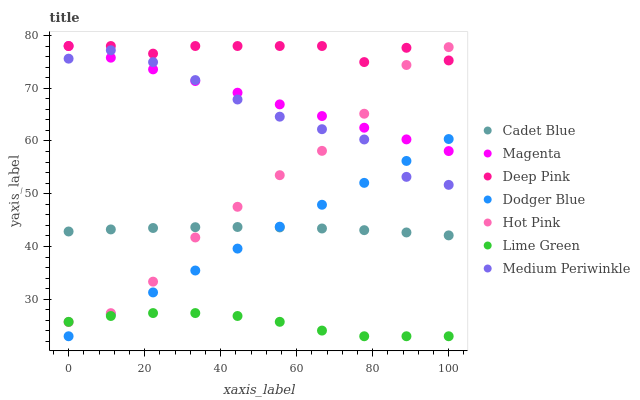
| xaxis_label | Cadet Blue | Magenta | Deep Pink | Dodger Blue | Hot Pink | Lime Green | Medium Periwinkle |
 | --- | --- | --- | --- | --- | --- | --- | --- |
 | 0 | 42.9 | 78 | 78 | 23 | 25.7 | 25.7 | 75.6 |
 | 11.1 | 43.2 | 75.8 | 78 | 27.2 | 27.4 | 26.8 | 77.2 |
 | 22.2 | 43.5 | 73.6 | 76.6 | 31.3 | 33.3 | 27.4 | 74.9 |
 | 33.3 | 43.7 | 71.4 | 78 | 35.5 | 41.7 | 27.4 | 71.5 |
 | 44.4 | 43.7 | 69.2 | 78 | 39.6 | 47.5 | 26.8 | 67.9 |
 | 55.6 | 43.6 | 66.9 | 78 | 43.8 | 53.5 | 25.7 | 64.6 |
 | 66.7 | 43.4 | 64.7 | 78 | 47.9 | 58.1 | 24.1 | 62.2 |
 | 77.8 | 43.1 | 62.5 | 75 | 52.1 | 65.2 | 23 | 60.3 |
 | 88.9 | 42.7 | 60.3 | 77.7 | 56.2 | 74.4 | 23 | 53.2 |
 | 100 | 42.1 | 58.1 | 75.3 | 60.4 | 77.8 | 23 | 51.7 |